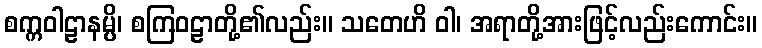
စက္ကဝါဠာနမ္ပိ၊ စကြဝဠာတို့၏လည်း။ သတေဟိ ဝါ၊ အရာတို့အားဖြင့်လည်းကောင်း။